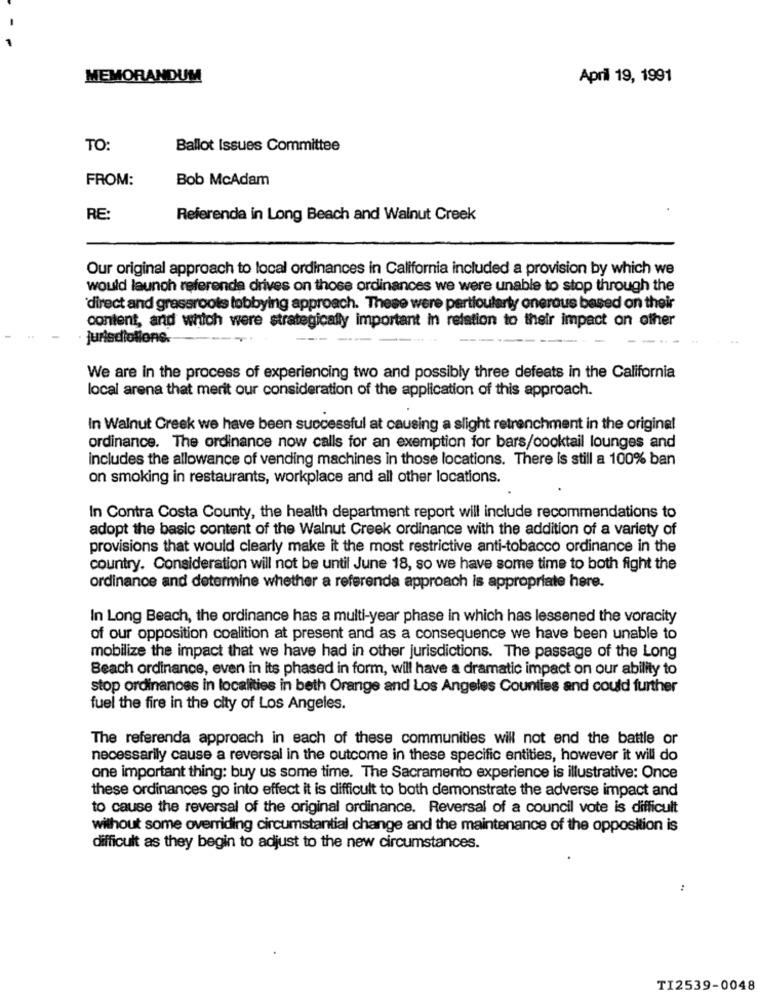
MEMORANDUM
April 19, 1991
TO:
Ballot Issues Committee
FROM:
Bob McAdam
RE:
Referenda in Long Beach and Walnut Creek
Our original approach to local ordinances in California included a provision by which we
would launch referenda drives on those ordinances we were unable to stop through the
direct and grassroots lobbying approach. These were particularty onerous based on their
content, and which were strategically important in relation to their impact on other
Jurisdictions.
We are in the process of experiencing two and possibly three defeats in the California
local arena that merit our consideration of the application of this approach.
In Walnut Creek we have been successful at causing a slight retrenchment in the original
ordinance. The ordinance now calls for an exemption for bars/cocktail lounges and
includes the allowance of vending machines in those locations. There is still a 100% ban
on smoking in restaurants, workplace and all other locations.
In Contra Costa County, the health department report will include recommendations to
adopt the basic content of the Walnut Creek ordinance with the addition of a variety of
provisions that would clearly make it the most restrictive anti-tobacco ordinance in the
country. Consideration will not be until June 18, so we have some time to both fight the
ordinance and determine whether a referenda approach is appropriate here.
In Long Beach, the ordinance has a multi-year phase in which has lessened the voracity
of our opposition coalition at present and as a consequence we have been unable to
mobilize the impact that we have had in other jurisdictions. The passage of the Long
Beach ordinance, even in its phased in form, will have a dramatic impact on our ability to
stop ordinances in localities in beth Orange and Los Angeles Counties and could further
fuel the fire in the city of Los Angeles.
The referenda approach in each of these communities will not end the battle or
necessarily cause a reversal in the outcome in these specific entities, however it will do
one important thing: buy us some time. The Sacramento experience is illustrative: Once
these ordinances go into effect it is difficult to both demonstrate the adverse impact and
to cause the reversal of the original ordinance. Reversal of a council vote is difficult
without some overriding circumstantial change and the maintenance of the opposition is
difficult as they begin to adjust to the new circumstances.
:
TI2539-0048